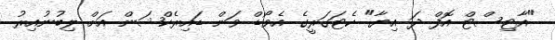
"އާޓިސްޓް އޮފް ދަ އިޔާ" ކެޓަގަރީގެ އެވޯޑް ވަން ޑައިރެކްޝަން އަށް ލިބުނުއިރު